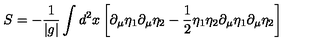
S = - { \frac { 1 } { | g | } } \int d ^ { 2 } x \left[ \partial _ { \mu } \eta _ { 1 } \partial _ { \mu } \eta _ { 2 } - { \frac { 1 } { 2 } } \eta _ { 1 } \eta _ { 2 } \partial _ { \mu } \eta _ { 1 } \partial _ { \mu } \eta _ { 2 } \right]